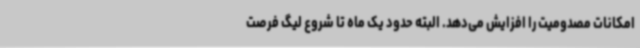
امکانات مصدومیت را افزایش می‌دهد. البته حدود یک ماه تا شروع لیگ فرصت